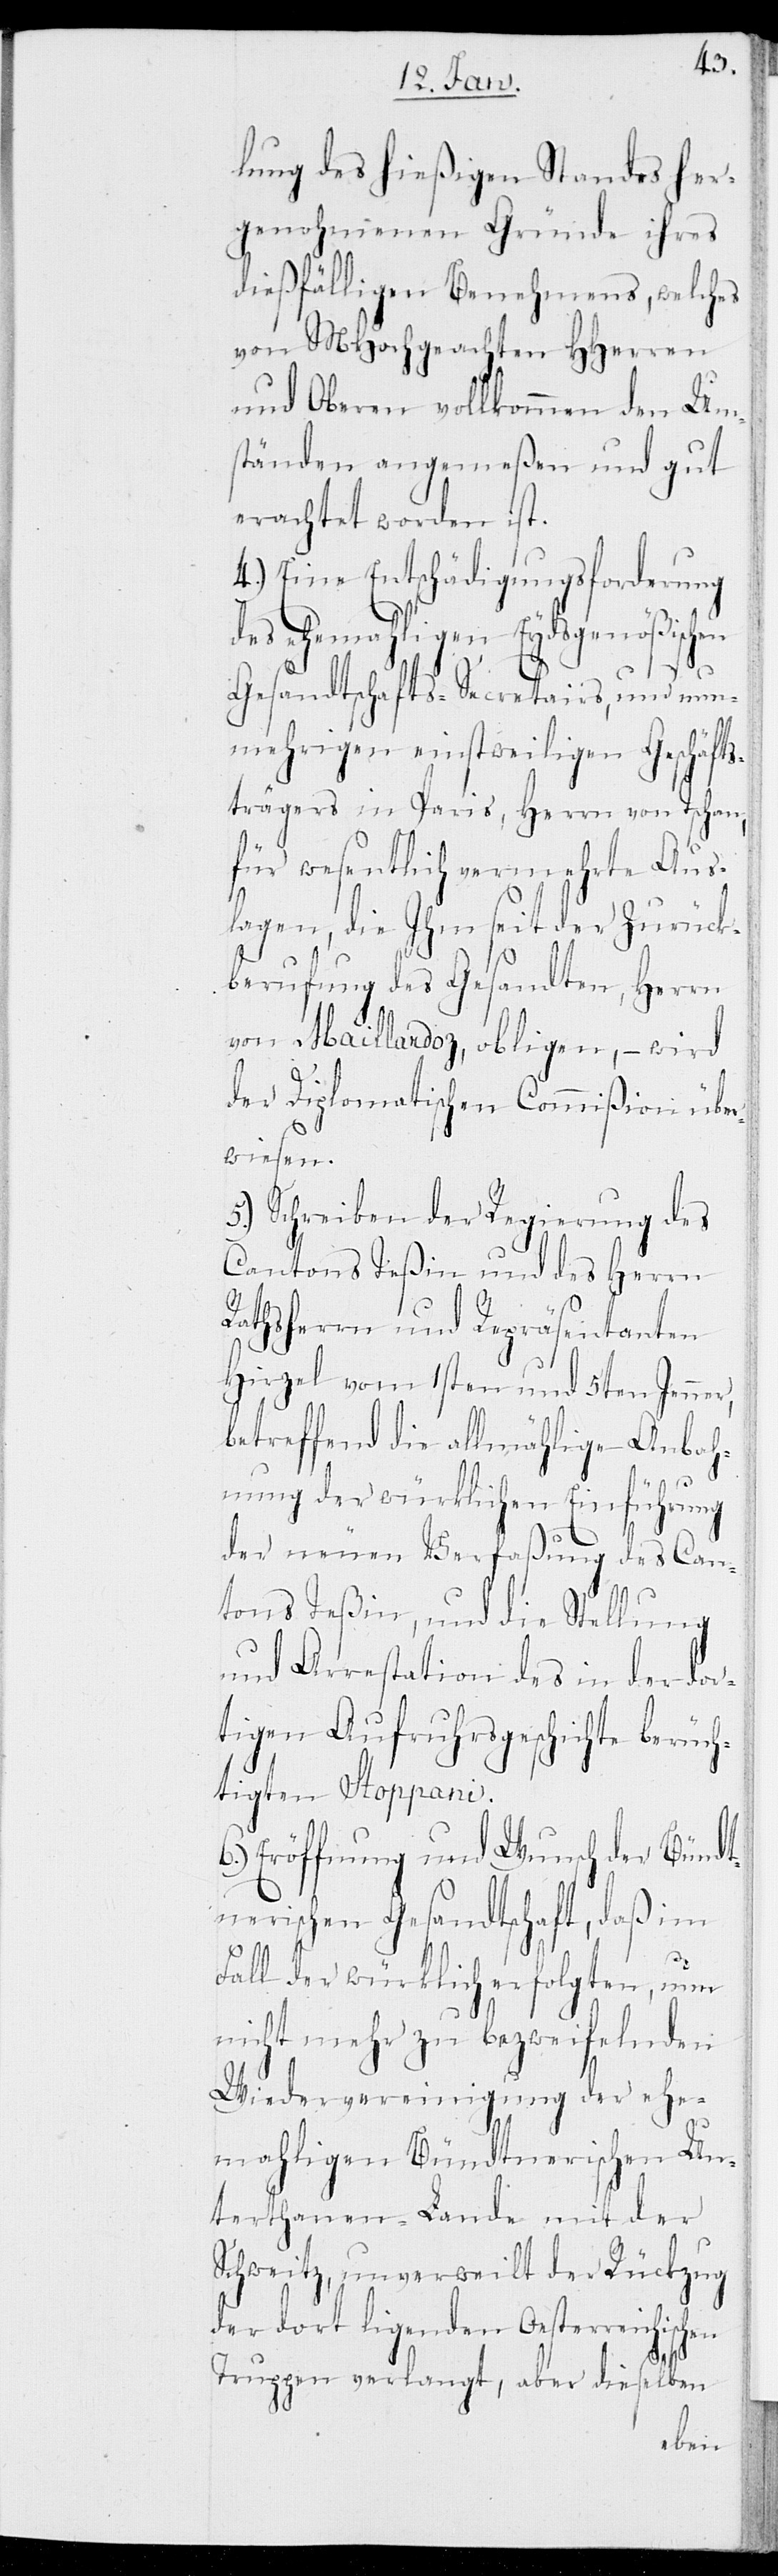
des hießigen Standes her¬
genohmenen Gründe ihres
dießfälligen Benehmens, welches
von MHochgeachten HHerren
und Oberen vollkommen den Um¬
ständen angemeßen und gut
erachtet worden ist.
4.) Eine Entschädigungsforderung
des ehemahligen Eydsgenößischen
Gesandtschafts-Secretairs, und nu¬
nmehrigen einstweiligen Geschäfts¬
trägers in Paris, Herrn von Tschan,
für wesentlich vermehrte Aus¬
lagen, die Ihm seit der Zurück¬
berufung des Gesandten, Herrn
von Maillardoz, obligen, – wird
der Diplomatischen Commißion über¬
wiesen.
5.) Schreiben der Regierung des
Cantons Teßin und des Herrn
Rathsherrn und Repräsentanten
Hirzel vom 1sten und 5ten Jenn¬
betreffend die allmählige Anbah¬
nung der würklichen Einführung
der neuen Verfaßung des Can¬
tons Teßin, und die Stellung
und Arrestation des in der dor¬
tigen Aufruhrsgeschichte berüch¬
tigten Stoppani.
Eröffnung und Wunsch der Bündt¬
nerischen Gesandtschaft, daß im
Fall der würklich erfolgten, nun
nicht mehr zu bezweifelnden
Wiedervereinigung der ehe¬
mahligen Bündtnerischen Un¬
terthanen-Lande mit der
Schweitz, unverweilt der Rückzug
der dort ligenden Oesterreichischen
Truppen verlangt, aber dieselben
er,